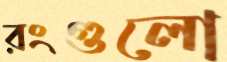
রংগুলো